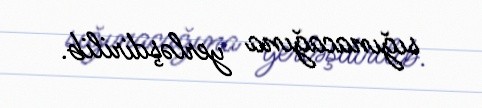
sığınacağına yerləşdirilib.